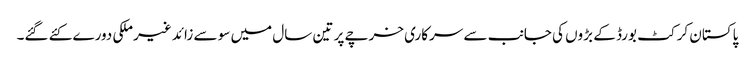
پاکستان کرکٹ بورڈ کے بڑوں کی جانب سے سرکاری خرچے پر تین سال میں سو سے زائد غیرملکی دورے کئے گئے۔